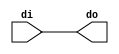
`timescale 1ps/1ps
module write_data_decoder (
	di,
	do
);

parameter WRITE_MODE = 0;

input [15:0] di;
output [15:0] do;

reg [15:0] do;


reg [1:0]mode;

initial 
begin
	if(WRITE_MODE == 0)
		mode = 2'b00;
	else if(WRITE_MODE == 1)
		mode = 2'b01;
	else if(WRITE_MODE == 2)
		mode = 2'b10;
	else if(WRITE_MODE == 3)
		mode = 2'b11;
	else
	begin
		$display (" SBT ERROR :  Unknown RAM WRITE MODE\n");
		$display (" Valid Modes are : 0, 1, 2, 3\n");
		//$display (" 0 -- 256X16 mode \n 1-- 512X8 mode \n 2 -- 1024X4 mode \n 3 -- 2048X2  mode \n");
		$finish;
	end
end

always @(mode, di )
begin
	case(mode)
		2'b00: do = di;
		2'b01: do = {di[14],di[14],di[12],di[12],di[10],di[10],di[8],di[8],di[6],di[6],di[4],di[4],di[2],di[2],di[0],di[0]};
		2'b10: do = {di[13],di[13],di[13],di[13],di[9],di[9],di[9],di[9],di[5],di[5],di[5],di[5],di[1],di[1],di[1],di[1]};
		2'b11: do = {di[11],di[11],di[11],di[11],di[11],di[11],di[11],di[11],di[3],di[3],di[3],di[3],di[3],di[3],di[3],di[3]};
	endcase
end

endmodule  // write_data_decoder